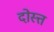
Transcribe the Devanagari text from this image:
दोस्त्त